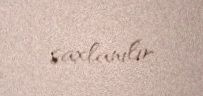
saxlanılır.